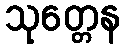
သုတ္တေန